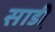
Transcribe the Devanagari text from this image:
साडी़